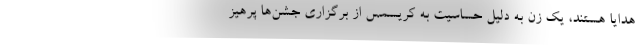
هدایا هستند، یک زن به دلیل حساسیت به کریسمس از برگزاری جشن‌ها پرهیز